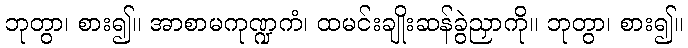
ဘုတွာ၊ စား၍။ အာစာမကုဏ္ဍကံ၊ ထမင်းချိုးဆန်ခွဲညှာကို။ ဘုတွာ၊ စား၍။